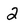
Character: 2